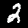
Label: 2